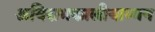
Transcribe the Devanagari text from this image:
अयिरामकालीयाम्मन